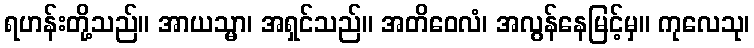
ရဟန်းတို့သည်။ အာယသ္မာ၊ အရှင်သည်။ အတိဝေလံ၊ အလွန်နေမြင့်မှ။ ကုလေသု၊